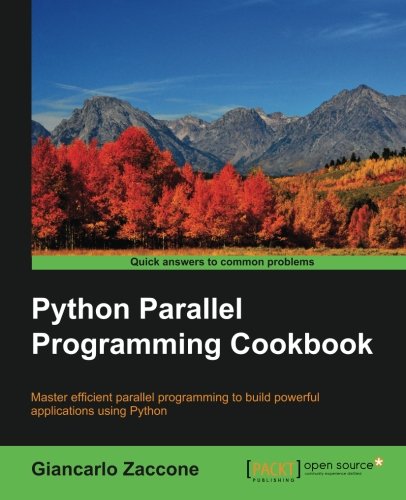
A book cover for Python Parallel Programming Cookbook; Giancarlo Zaccone; Computers & Technology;